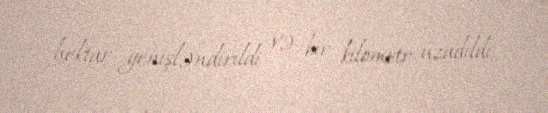
hektar genişləndirildi və bir kilometr uzadıldı.